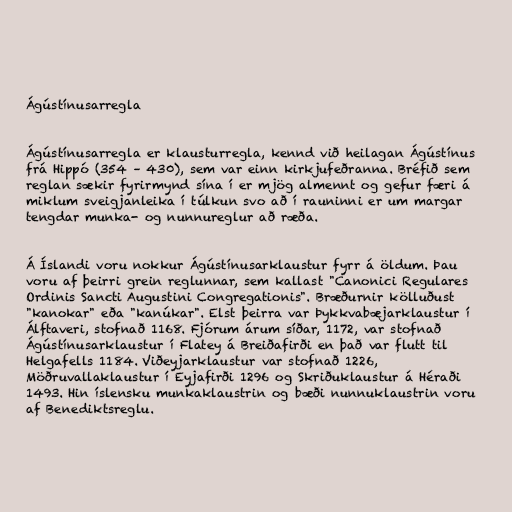
Ágústínusarregla

Ágústínusarregla er klausturregla, kennd við heilagan Ágústínus
frá Hippó (354 – 430), sem var einn kirkjufeðranna. Bréfið sem
reglan sækir fyrirmynd sína í er mjög almennt og gefur færi á
miklum sveigjanleika í túlkun svo að í rauninni er um margar
tengdar munka- og nunnureglur að ræða.

Á Íslandi voru nokkur Ágústínusarklaustur fyrr á öldum. Þau
voru af þeirri grein reglunnar, sem kallast "Canonici Regulares
Ordinis Sancti Augustini Congregationis". Bræðurnir kölluðust
"kanokar" eða "kanúkar". Elst þeirra var Þykkvabæjarklaustur í
Álftaveri, stofnað 1168. Fjórum árum síðar, 1172, var stofnað
Ágústínusarklaustur í Flatey á Breiðafirði en það var flutt til
Helgafells 1184. Viðeyjarklaustur var stofnað 1226,
Möðruvallaklaustur í Eyjafirði 1296 og Skriðuklaustur á Héraði
1493. Hin íslensku munkaklaustrin og bæði nunnuklaustrin voru
af Benediktsreglu.